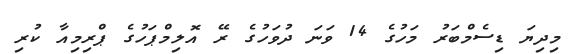
މިދިޔަ ޑިސެމްބަރު މަހުގެ 14 ވަނަ ދުވަހުގެ ރޭ އޮލިމްޕަހުގެ ޕްރިމިއާ ކުރި